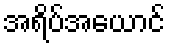
အရိပ်အယောင်